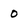
Character: o